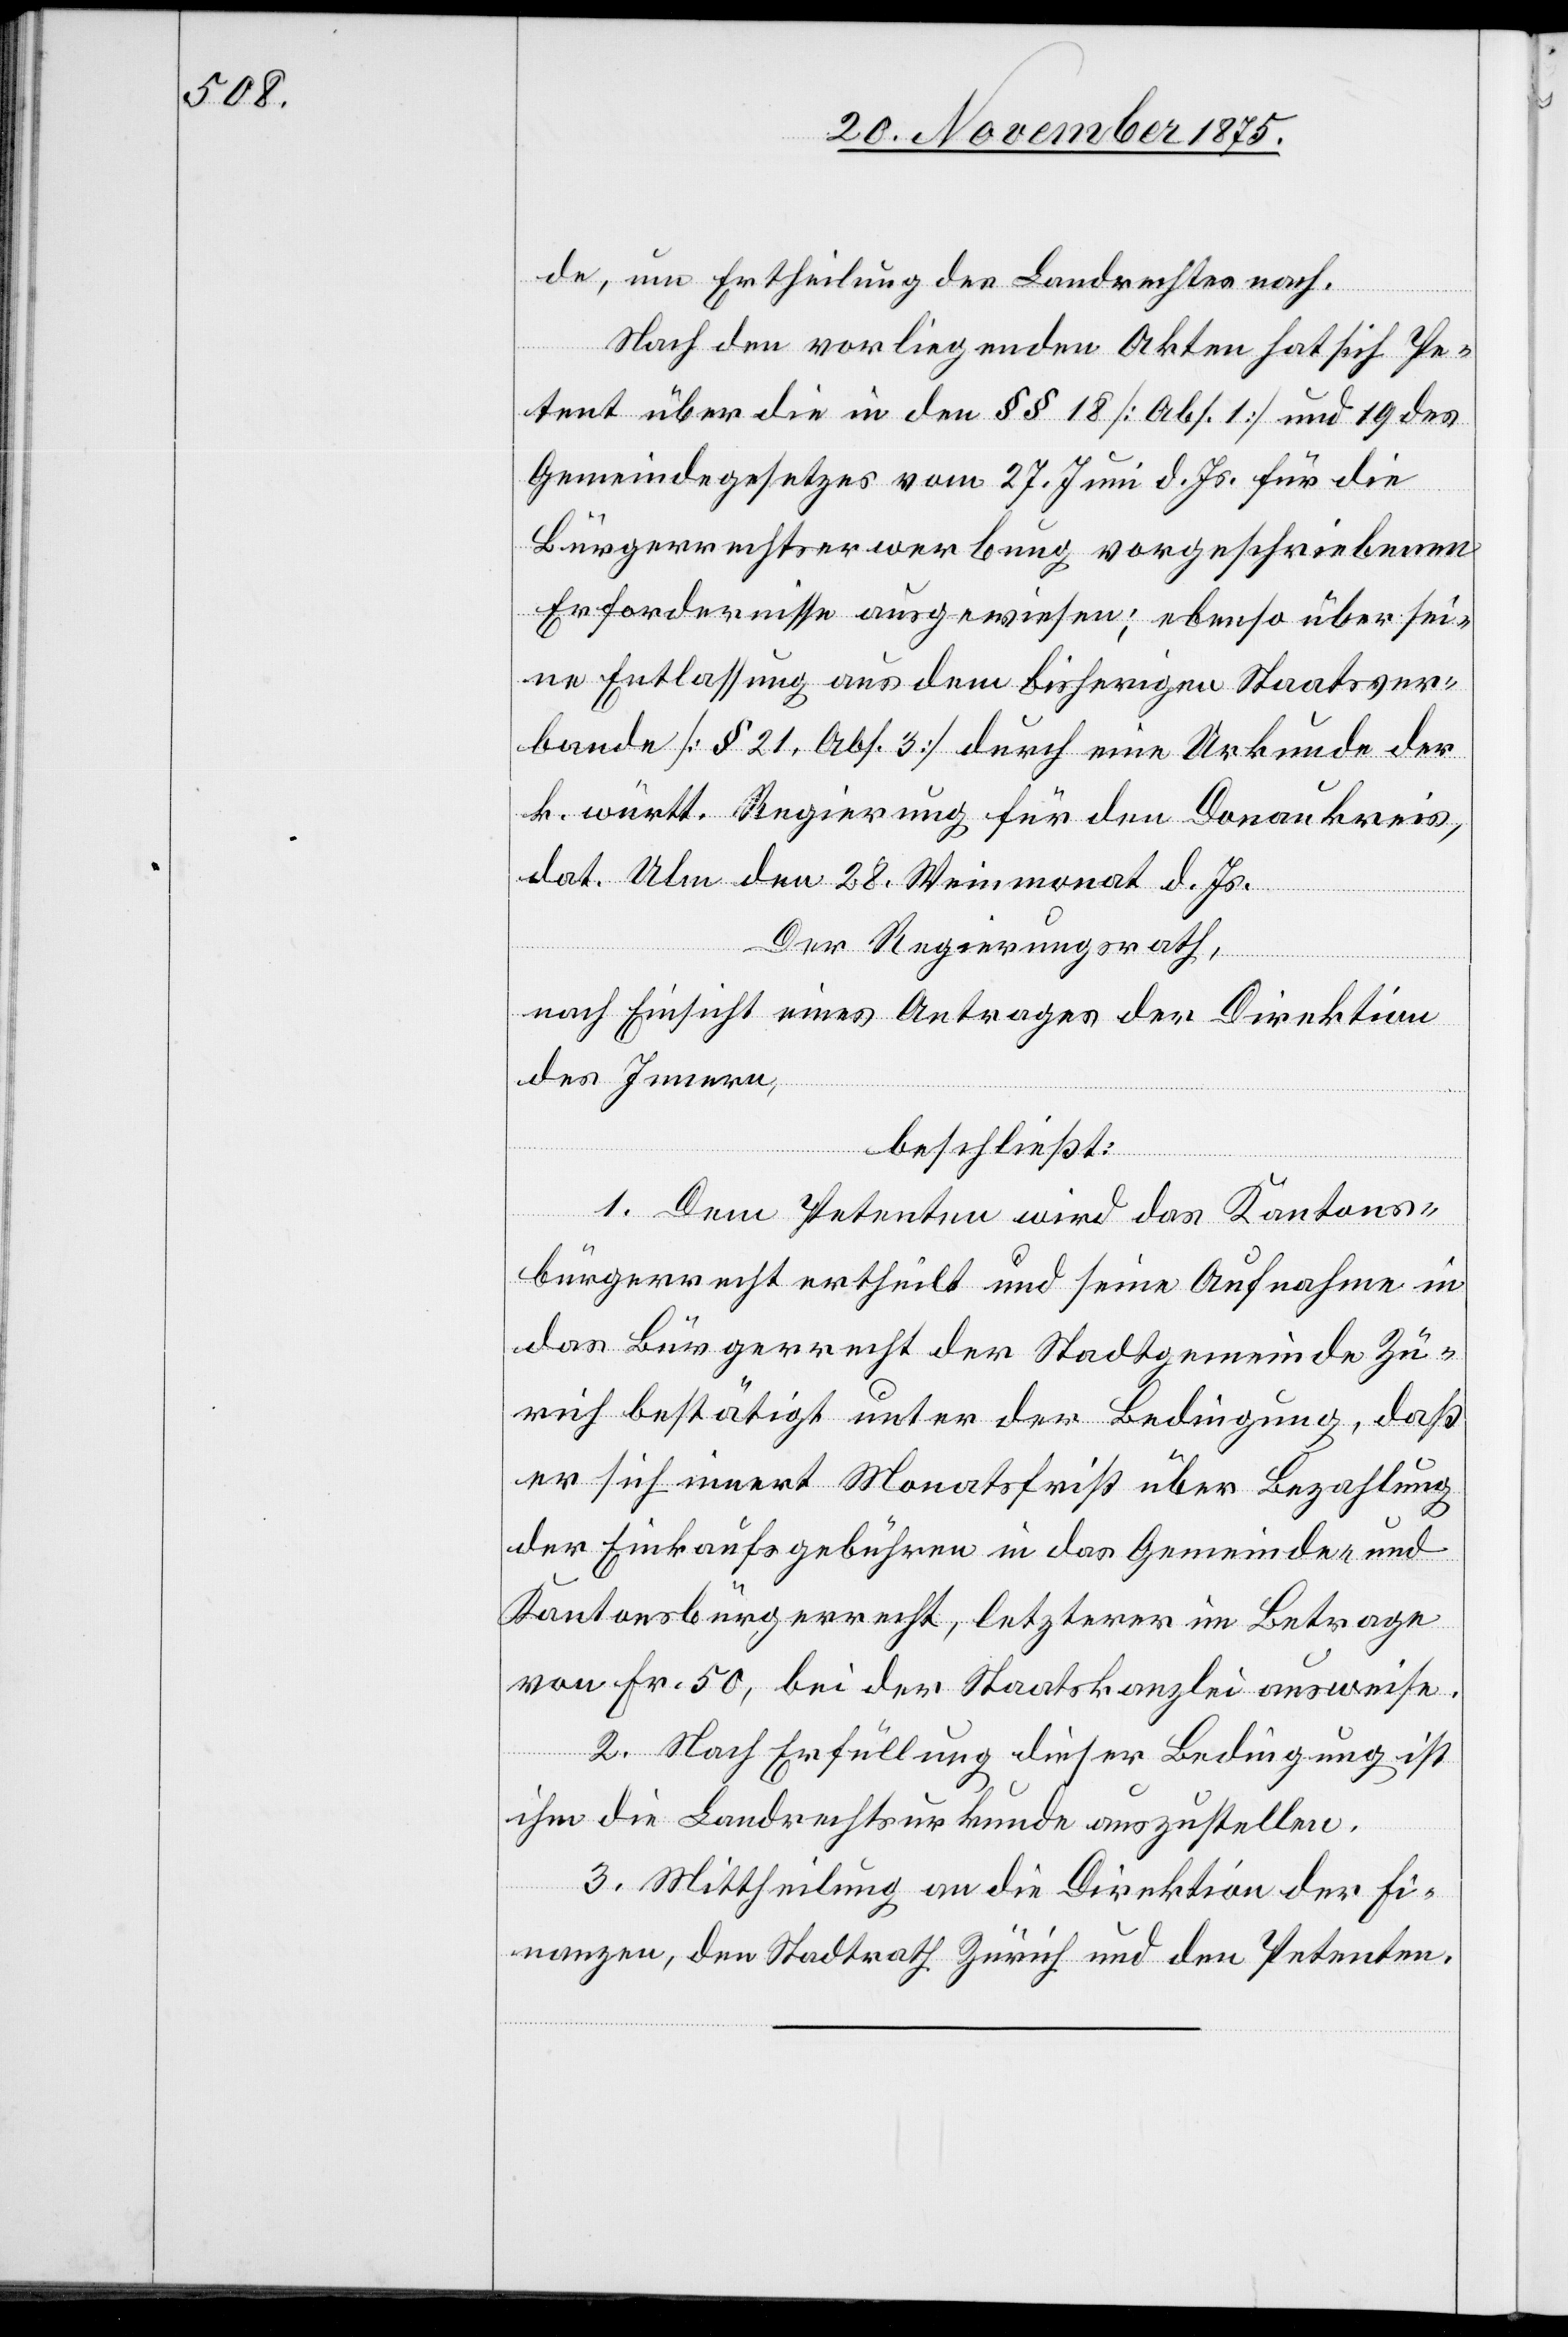
de, um Ertheilung des Landrechtes nach.
Nach den vorliegenden Akten hat sich Pe¬
tent über die in den §§ 18 [Abs. 1] und 19 des
Gemeindegesetzes vom 27. Juni d. Js. für die
Bürgerrechtserwerbung vorgeschriebenen
Erfordernisse ausgewiesen; ebenso über sei¬
ne Entlassung aus dem bisherigen Staatsver¬
bande [§ 21, Abs. 3] durch eine Urkunde der
k. württ. Regierung für den Donaukreis,
dat. Ulm den 28. Weinmonat d. Js.
Der Regierungsrath,
nach Einsicht eines Antrages der Direktion
des Innern,
beschließt:
1. Dem Petenten wird das Kantons¬
bürgerrecht ertheilt und seine Aufnahme in
das Bürgerrecht der Stadtgemeinde Zü¬
rich bestätigt unter der Bedingung, daß
er sich innert Monatsfrist über Bezahlung
der Einkaufsgebühren in das Gemeinde- und
Kantonsbürgerrecht, letzterer im Betrage
von Fr. 50, bei der Staatskanzlei ausweise.
2. Nach Erfüllung dieser Bedingung ist
ihm die Landrechtsurkunde auszustellen.
3. Mittheilung an die Direktion der Fi¬
nanzen, den Stadtrath Zürich und den Petenten.